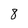
Character: 8